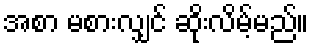
အစာ မစားလျှင် ဆိုးလိမ့်မည်။